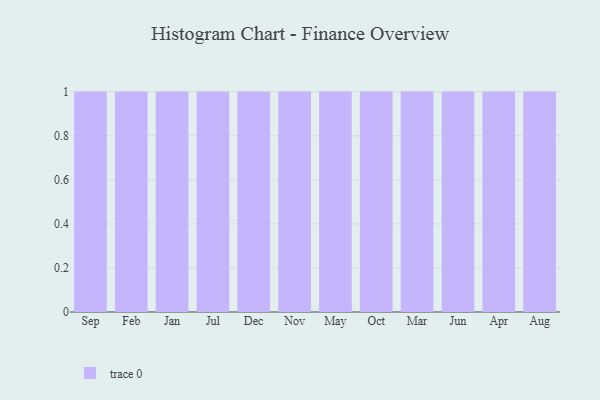
{"axis": {"x": "Month", "y": "Bounce Rate (%)"}, "legend": [""], "data": [{"x": "Sep", "y": 53, "type": ""}, {"x": "Feb", "y": 32, "type": ""}, {"x": "Jan", "y": 27, "type": ""}, {"x": "Jul", "y": 16, "type": ""}, {"x": "Dec", "y": 92, "type": ""}, {"x": "Nov", "y": 30, "type": ""}, {"x": "May", "y": 78, "type": ""}, {"x": "Oct", "y": 78, "type": ""}, {"x": "Mar", "y": 11, "type": ""}, {"x": "Jun", "y": 66, "type": ""}, {"x": "Apr", "y": 81, "type": ""}, {"x": "Aug", "y": 64, "type": ""}]}